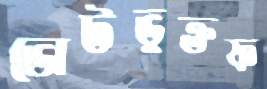
ভোটভুক্তফ